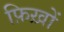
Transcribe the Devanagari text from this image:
फ़िख़ों